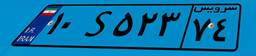
۱۰S۵۲۳۷۴